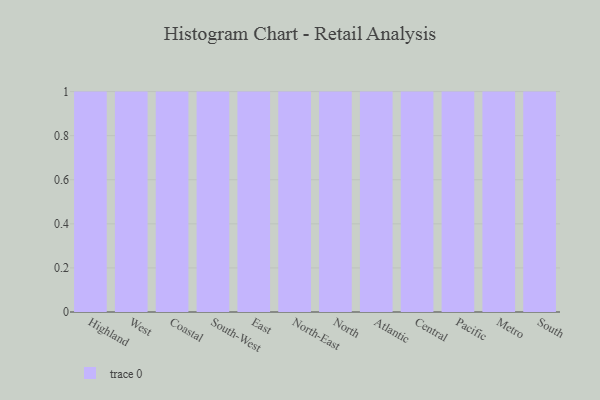
{"axis": {"x": "Region", "y": "Market Share (%)"}, "legend": [""], "data": [{"x": "Highland", "y": 64, "type": ""}, {"x": "West", "y": 53, "type": ""}, {"x": "Coastal", "y": 85, "type": ""}, {"x": "South-West", "y": 14, "type": ""}, {"x": "East", "y": 76, "type": ""}, {"x": "North-East", "y": 84, "type": ""}, {"x": "North", "y": 34, "type": ""}, {"x": "Atlantic", "y": 91, "type": ""}, {"x": "Central", "y": 13, "type": ""}, {"x": "Pacific", "y": 48, "type": ""}, {"x": "Metro", "y": 24, "type": ""}, {"x": "South", "y": 31, "type": ""}]}